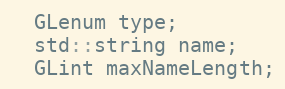
Language: C
  GLenum type;
  std::string name;
  GLint maxNameLength;